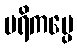
ပရိကပ္ပေ